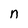
Character: n